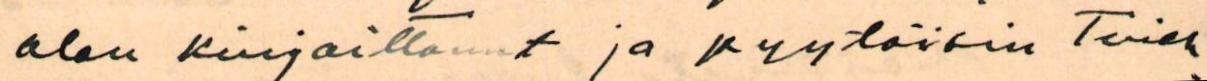
olen kirjoittanut ja pyytäisin Tireh-